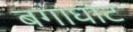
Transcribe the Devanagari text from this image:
बगाघाट